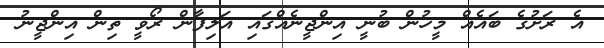
އެ ރަށުގެ ބައެއް މީހުން ބުނީ އިންޖީނެއްގައި އަލިފާން ރޯވީ ތިން އިންޖީނު